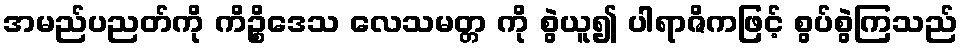
အမည်ပညတ်ကို ကိဉ္စိဒေသ လေသမတ္တ ကို စွဲယူ၍ ပါရာဇိကဖြင့် စွပ်စွဲကြသည်